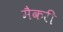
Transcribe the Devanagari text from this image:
मैकरी